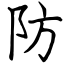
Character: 防